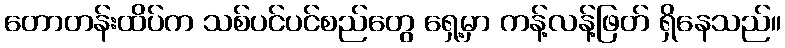
တောတန်းထိပ်က သစ်ပင်ပင်စည်တွေ ရှေ့မှာ ကန့်လန့်ဖြတ် ရှိနေသည်။